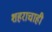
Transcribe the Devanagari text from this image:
शहराचाही